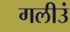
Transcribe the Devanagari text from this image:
गलीउं